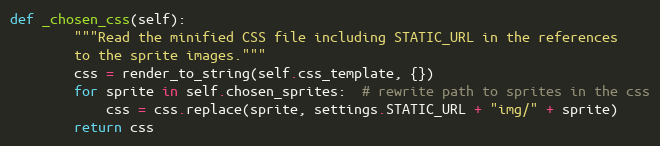
Language: Python
def _chosen_css(self):
        """Read the minified CSS file including STATIC_URL in the references
        to the sprite images."""
        css = render_to_string(self.css_template, {})
        for sprite in self.chosen_sprites:  # rewrite path to sprites in the css
            css = css.replace(sprite, settings.STATIC_URL + "img/" + sprite)
        return css